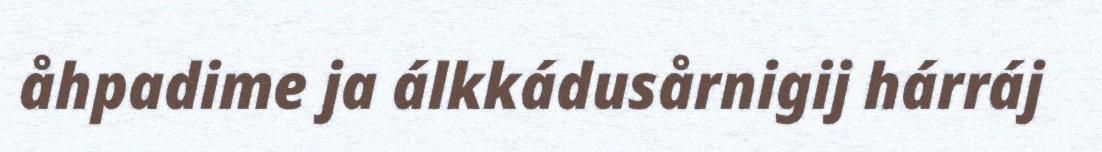
åhpadime ja álkkádusårnigij hárráj